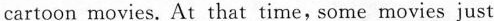
cartoon movies. At that time, some movies just